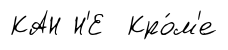
КАН Н'Е Кро́м'е